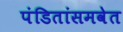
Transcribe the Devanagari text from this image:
पंडितांसमवेत